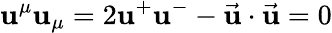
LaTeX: \mathbf{u}^{\mu}\mathbf{u}_{\mu}=2\mathbf{u}^{+}\mathbf{u}^{-}-\vec{{\mathbf{u}}}\cdot\vec{{\mathbf{u}}}=0